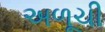
અળૂચી